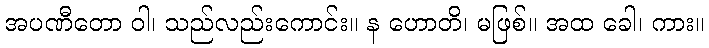
အပဏီတော ဝါ၊ သည်လည်းကောင်း။ န ဟောတိ၊ မဖြစ်။ အထ ခေါ၊ ကား။